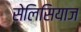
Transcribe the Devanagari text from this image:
सेलिसियाज